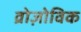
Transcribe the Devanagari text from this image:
व्रोज़ोविक